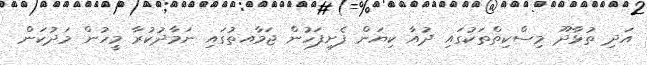
އަދި ތުޅާދޫ މިސްކިތްތަކުގައި ދުއާ ކިޔަން ފެށިފަހުން ޖަމާއތުގައި ނަމާދުކުރާ މީހުން މަދުކަން